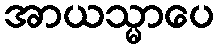
အာယသ္မာပေ